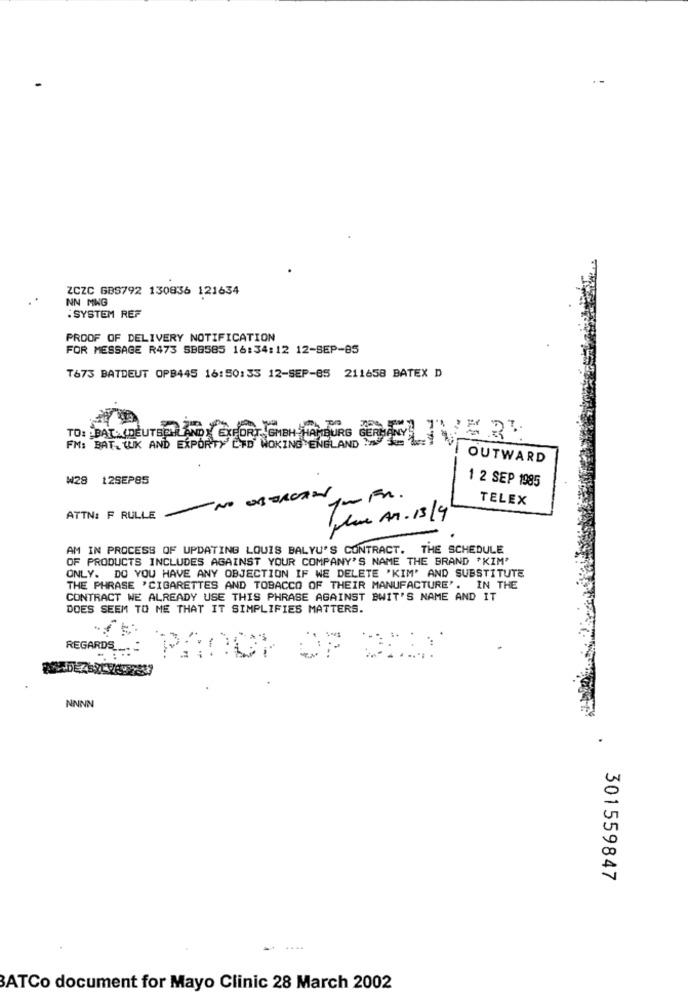
ZCZC GBS792 130836 121634
NN MNG
. SYSTEM REF
PROOF OF DELIVERY NOTIFICATION
FOR MESSAGE R473 SBG585 16:34:12 12-SEP-85
T673 BATDEUT OPB445 16:50:33 12-SEP-85 211658 BATEX D
TO: BAT. (DEUTSCHLAND) EXPORT, GMBH
FM: BAT, WUK AND EXPORTY END WOKING ENGLAND
OUTWARD
₩28 12SEP85
1 2 SEP 1985
-NO OBORUTEN
- Fr.
TELEX
ATTN: F RULLE
Jem An. 13/9
AM IN PROCESS OF UPDATING LOUIS BALYU'S CONTRACT. THE SCHEDULE
OF PRODUCTS INCLUDES AGAINST YOUR COMPANY'S NAME THE BRAND 'KIM'
ONLY. DO YOU HAVE ANY OBJECTION IF WE DELETE 'KIM' AND SUBSTITUTE
THE PHRASE 'CIGARETTES AND TOBACCO OF THEIR MANUFACTURE'. IN THE
CONTRACT WE ALREADY USE THIS PHRASE AGAINST BWIT'S NAME AND IT
DOES SEEM TO ME THAT IT SIMPLIFIES MATTERS.
Recarga PROCY OF DUTY
NNNN
301559847
BATCo document for Mayo Clinic 28 March 2002